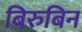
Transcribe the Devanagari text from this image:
बिरुबिन